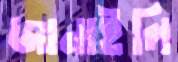
জানাইলি